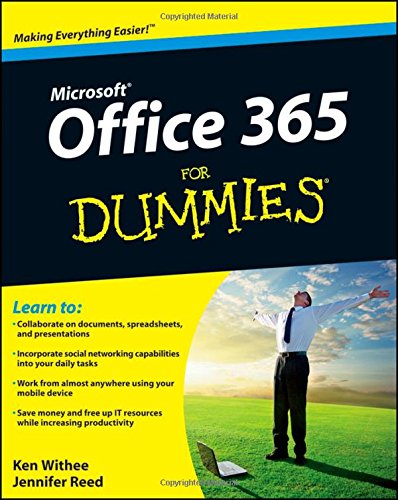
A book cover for Office 365 For Dummies; Ken Withee; Computers & Technology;